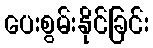
ပေးစွမ်းနိုင်ခြင်း